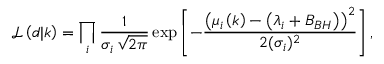
\mathcal { L } \left( d \vert k \right) = \prod _ { i } \frac { 1 } { \sigma _ { i } \, \sqrt { 2 \pi } } \exp \left[ - \frac { \left( \mu _ { i } \left( k \right) - \left( \lambda _ { i } + B _ { B H } \right) \right) ^ { 2 } } { 2 ( \sigma _ { i } ) ^ { 2 } } \right] ,